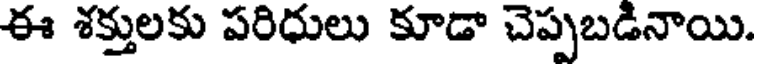
ఈ శక్తులకు పరిధులు కూడా చెప్పబడినాయి.